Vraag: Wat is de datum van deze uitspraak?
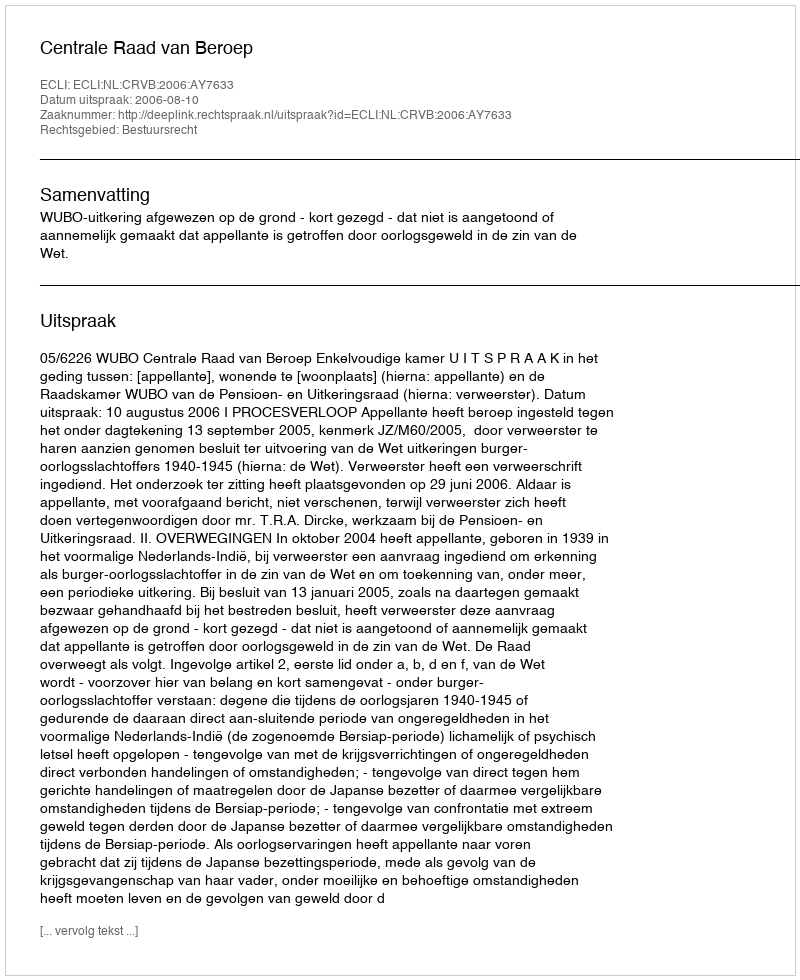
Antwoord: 2006-08-10